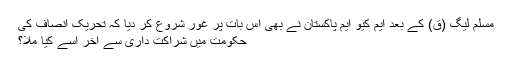
مسلم لیگ (ق) کے بعد ایم کیو ایم پاکستان نے بھی اس بات پر غور شروع کر دیا کہ تحریک انصاف کی
حکومت میں شراکت داری سے آخر اسے کیا ملا؟